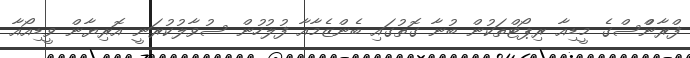
ފްރާންްސްގެ މީޑިއާ ރިޕޯޓްތަކުން ބުނާ ގޮތުގައި ބެންޒެމާއާ ފުލުހުން ސުވާލުކުރަނީ އޮރިޔާން ވީޑިއޯއާ